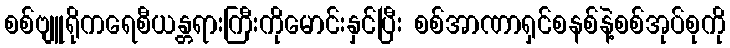
စစ်ဗျူရိုကရေစီယန္တရားကြီးကိုမောင်းနှင်ပြီး စစ်အာဏာရှင်စနစ်နဲ့စစ်အုပ်စုကို